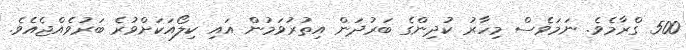
500 ގްރާމެވެ. ނަމަވެސް މިހާރު ކުދިންގެ ބަރުދަން އިތުރުވަމުން އައި ކިލޯއަކަށްވުރެ ބަރުވެއްޖެއެވެ.